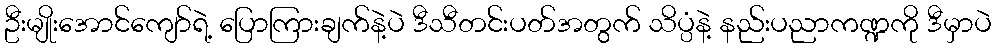
ဦးမျိုးအောင်ကျော်ရဲ့ ပြောကြားချက်နဲ့ပဲ ဒီသီတင်းပတ်အတွက် သိပ္ပံနဲ့ နည်းပညာကဏ္ဍကို ဒီမှာပဲ